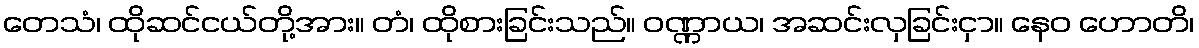
တေသံ၊ ထိုဆင်ငယ်တို့အား။ တံ၊ ထိုစားခြင်းသည်။ ဝဏ္ဏာယ၊ အဆင်းလှခြင်းငှာ။ နေဝ ဟောတိ၊